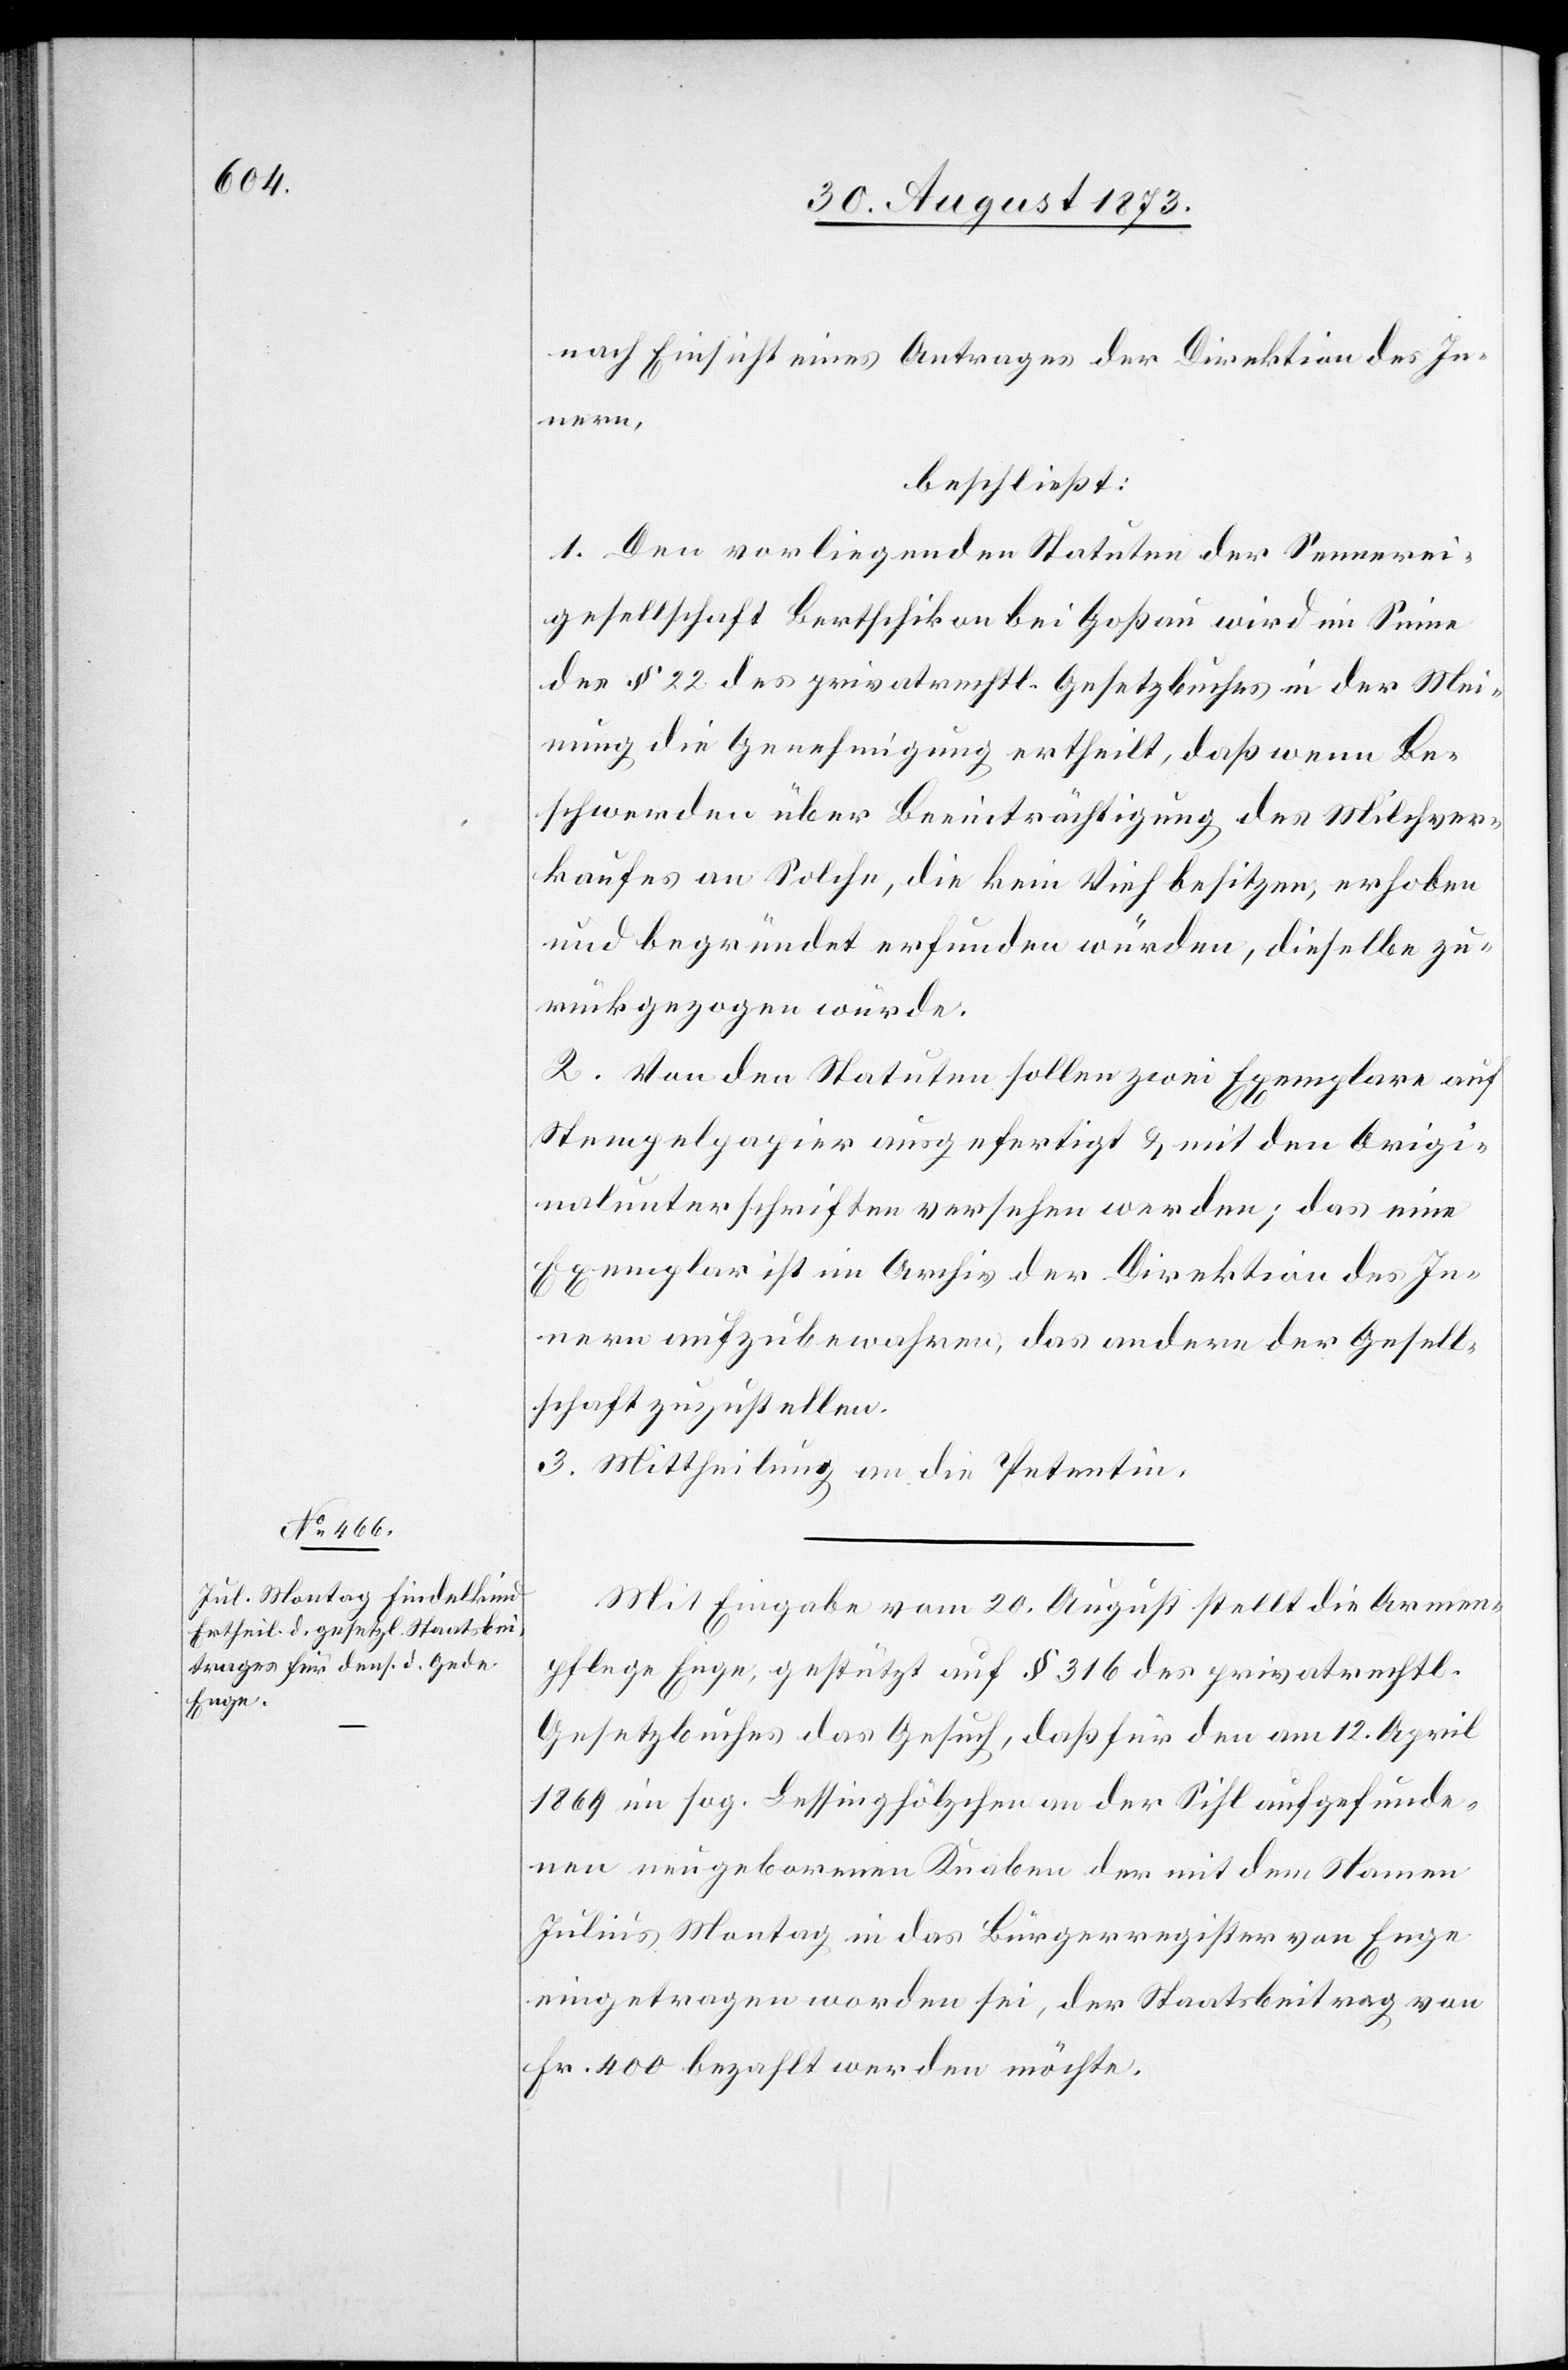
nach Einsicht eines Antrages der Direktion des In¬
nern,
beschließt:
1. Den vorliegenden Statuten der Sennerei¬
gesellschaft Bertschikon bei Goßau wird im Sinne
des § 22 des privatrechtl. Gesetzbuches in der Mei¬
nung die Genehmigung ertheilt, daß wenn Be¬
schwerden über Beeinträchtigung des Milchver¬
kaufes an Solche, die kein Vieh besitzen, erhoben
und begründet erfunden würden, dieselbe zu¬
rückgezogen würde.
2. Von den Statuten sollen zwei Exemplare auf
Stempelpapier ausgefertigt & mit den Origi¬
nalunterschriften versehen werden; das eine
Exemplar ist im Archiv der Direktion des In¬
nern aufzubewahren, das andere der Gesell¬
schaft zuzustellen.
3. Mittheilung an die Petentin.
Mit Eingabe vom 20. August stellt die Armen¬
pflege Enge, gestützt auf § 316 des privatrechtl.
Gesetzbuches das Gesuch, daß für den am 12. April
1869 im sog. Lessinghölzchen an der Sihl aufgefunde¬
nen neugeborenen Knaben der mit dem Namen
Julius Montag in das Bürgerregister von Enge
eingetragen worden sei, der Staatsbeitrag von
Fr. 400 bezahlt werden möchte.